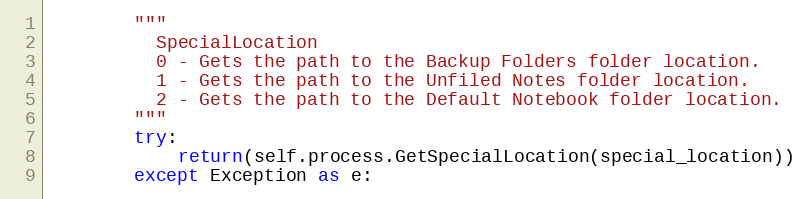
Language: Python
        """
          SpecialLocation
          0 - Gets the path to the Backup Folders folder location.
          1 - Gets the path to the Unfiled Notes folder location.
          2 - Gets the path to the Default Notebook folder location.
        """
        try:
            return(self.process.GetSpecialLocation(special_location))
        except Exception as e: